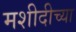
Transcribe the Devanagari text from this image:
मशीदीच्या